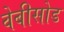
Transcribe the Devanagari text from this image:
वेबीसोड